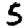
Digit: 5